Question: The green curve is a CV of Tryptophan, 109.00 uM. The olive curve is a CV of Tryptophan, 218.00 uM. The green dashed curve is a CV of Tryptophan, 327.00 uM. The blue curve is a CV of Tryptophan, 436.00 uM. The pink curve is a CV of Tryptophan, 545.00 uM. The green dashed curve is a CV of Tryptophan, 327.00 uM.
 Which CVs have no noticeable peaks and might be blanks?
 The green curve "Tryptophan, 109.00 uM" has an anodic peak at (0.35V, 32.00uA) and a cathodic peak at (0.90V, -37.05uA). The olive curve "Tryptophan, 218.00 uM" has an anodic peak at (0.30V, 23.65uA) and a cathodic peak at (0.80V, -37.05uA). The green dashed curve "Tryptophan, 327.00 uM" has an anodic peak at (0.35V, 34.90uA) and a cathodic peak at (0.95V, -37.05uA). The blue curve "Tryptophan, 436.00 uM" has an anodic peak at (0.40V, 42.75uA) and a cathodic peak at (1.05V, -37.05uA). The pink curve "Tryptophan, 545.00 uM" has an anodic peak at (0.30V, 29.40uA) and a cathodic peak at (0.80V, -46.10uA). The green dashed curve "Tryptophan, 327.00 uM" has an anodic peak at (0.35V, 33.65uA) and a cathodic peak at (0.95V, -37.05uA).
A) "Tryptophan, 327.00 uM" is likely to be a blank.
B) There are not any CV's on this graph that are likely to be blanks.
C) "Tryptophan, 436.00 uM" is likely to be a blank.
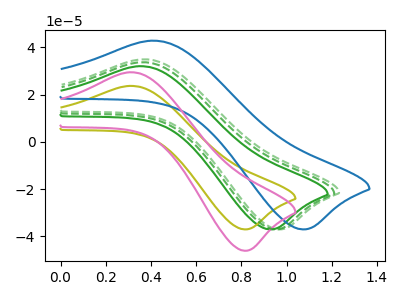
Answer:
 <answer>B) There are not any CV's on this graph that are likely to be blanks.</answer>
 <eval>B</eval>